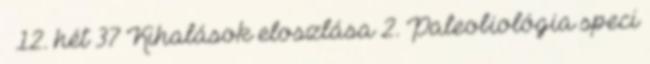
– 12. hét 37 Kihalások eloszlása 2. Paleobiológia speci